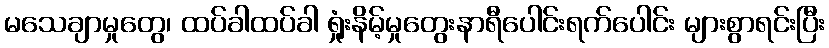
မသေချာမှုတွေ၊ ထပ်ခါထပ်ခါ ရှုံးနိမ့်မှုတွေးနာရီပေါင်းရက်ပေါင်း များစွာရင်းပြီး